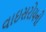
વાઇસરોયની